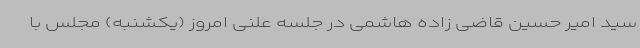
سید امیر حسین قاضی زاده هاشمی در جلسه علنی امروز (یکشنبه) مجلس با